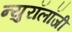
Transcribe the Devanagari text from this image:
न्युरॉलॉजी